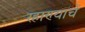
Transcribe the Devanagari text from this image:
रहाण्याचें